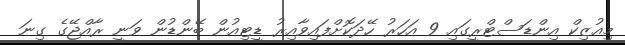
މިއުޒިކް އިންޑަސްޓްރީގައި 9 އަހަރު ހޭދަކޮށްފައިވާއިރު ޑީޓިއުން ބޭންޑުން ވަނީ ރާއްޖޭގެ ގިނަ